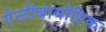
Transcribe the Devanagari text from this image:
ऐन्टीबायोटिक